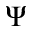
\Psi